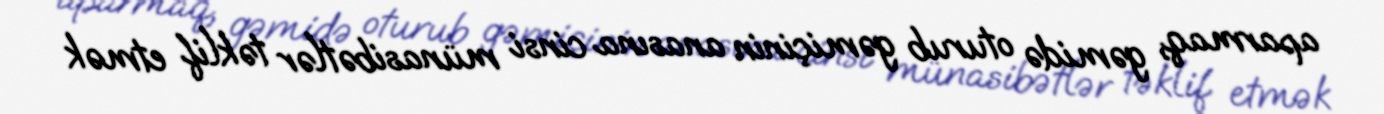
aparmaq, gəmidə oturub gəmiçinin anasına cinsi münasibətlər təklif etmək